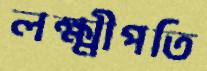
লক্ষ্মীপতি